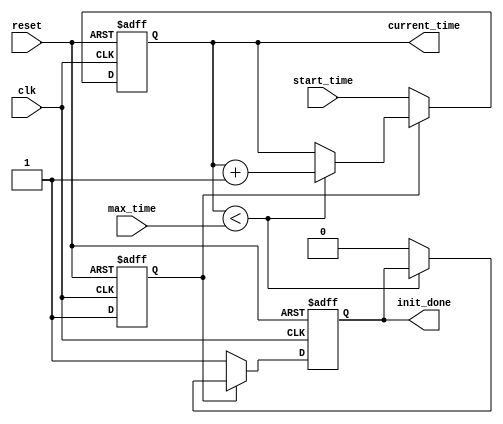
module simulation_time_initialization (
    input wire clk,               // Clock input
    input wire reset,             // Reset signal
    input wire [31:0] start_time, // Initial time value
    input wire [31:0] max_time,   // Maximum simulation time
    output reg [31:0] current_time, // Current simulation time
    output reg init_done          // Initialization complete flag
);

    // Internal variable to track initialization state
    reg initialized;

    // Always block for initialization and time management
    always @(posedge clk or posedge reset) begin
        if (reset) begin
            // On reset, initialize the parameters
            current_time <= 32'd0;
            init_done <= 1'b0;
            initialized <= 1'b0;
        end else begin
            if (!initialized) begin
                // Set current time to start_time on first clock after initialization
                current_time <= start_time;
                initialized <= 1'b1;
                init_done <= 1'b1; // Mark initialization as done
            end else if (current_time < max_time) begin
                // Increment current time on each clock cycle
                current_time <= current_time + 32'd1;
            end else begin
                // Optionally handle termination condition
                init_done <= 1'b0; // Reset init_done if max_time reached
            end
        end
    end

    // Debugging: Monitor current_time during simulation
    always @(posedge clk) begin
        $display("Current Time: %d", current_time);
    end

endmodule